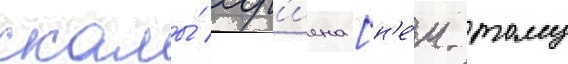
скалы́ хор'иена [н'е́м. тому